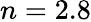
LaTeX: n=2.8